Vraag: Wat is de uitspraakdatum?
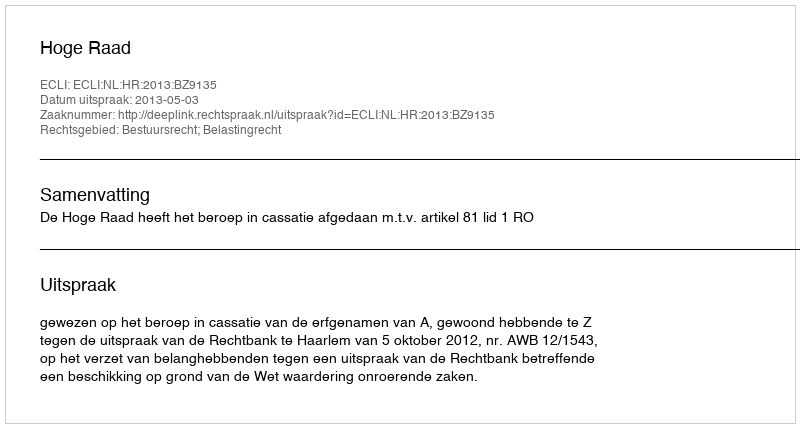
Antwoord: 2013-05-03